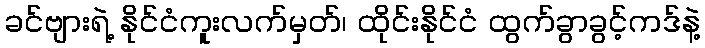
ခင်ဗျားရဲ့ နိုင်ငံကူးလက်မှတ်၊ ထိုင်းနိုင်ငံ ထွက်ခွာခွင့်ကဒ်နဲ့